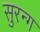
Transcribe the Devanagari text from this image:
सुरन्ग